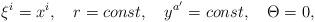
LaTeX: \begin{align*}\xi^i=x^i,\quad r=const, \quad y^{a'}=const, \quad \Theta=0,\end{align*}